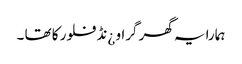
ہمارا یہ گھر گراو ¿نڈ فلور کا تھا ۔